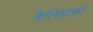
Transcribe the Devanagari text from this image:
कैलिग्राफ़ी